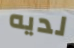
لديه